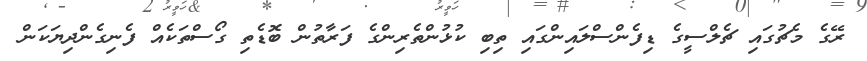
ރޭގެ މެޗުގައި ޗެލްސީގެ ޑިފެންސްލައިންގައި ތިބި ކުޅުންތެރިންގެ ފަރާތުން ބޮޑެތި ގޯސްތަކެއް ފެނިގެންދިޔަކަން